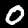
Digit: 0